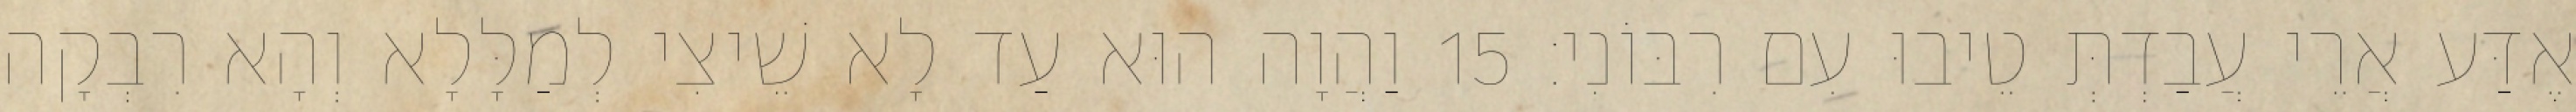
אֶדַּע אֲרֵי עֲבַדְתְּ טֵיבוּ עִם רִבּוֹנִי׃ 15 וַהֲוָה הוּא עַד לָא שֵׁיצִי לְמַלָּלָא וְהָא רִבְקָה